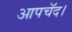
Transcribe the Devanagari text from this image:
आपचॅद।